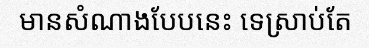
មានសំណាងបែបនេះ ទេស្រាប់តែ